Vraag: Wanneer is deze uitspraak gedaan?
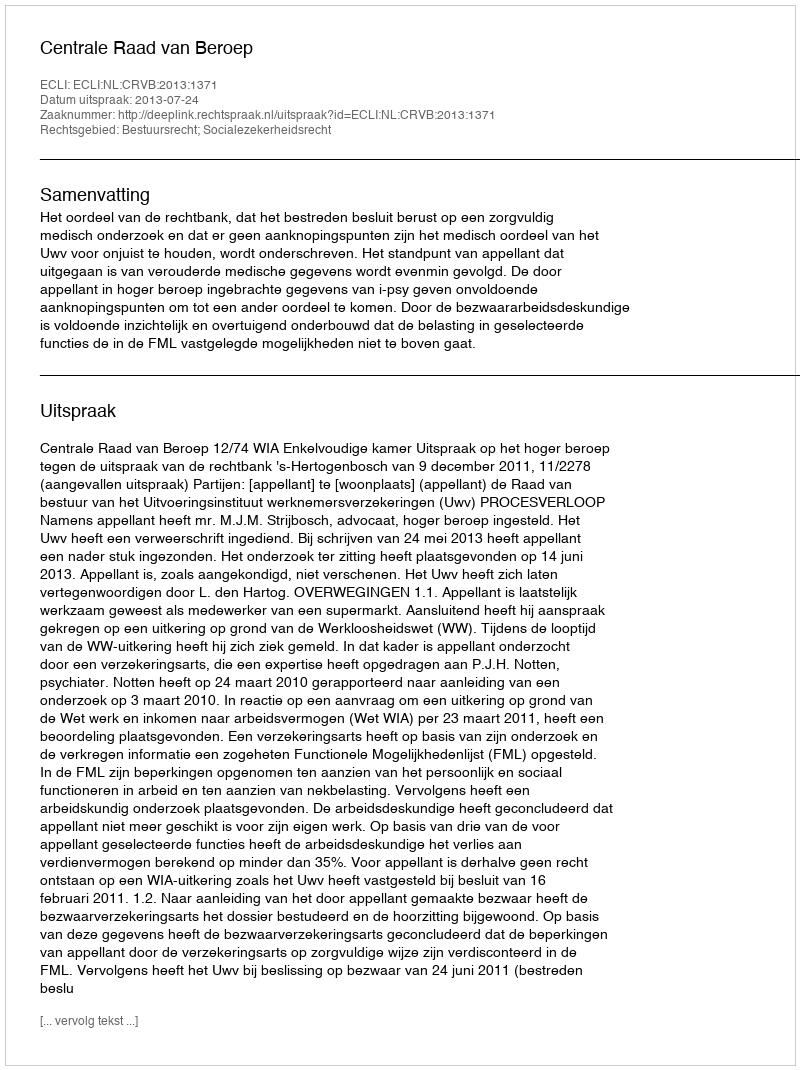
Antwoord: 2013-07-24